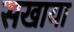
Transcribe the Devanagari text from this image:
सखाया